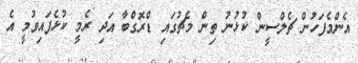
އެންމެފަހުން ޗެލްސީން ކުޅުނު ތިން މެޗުގައި ޑްރޮގްބާ އަދި ރެމީ ކުޅެފައިވުމީ އެ